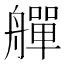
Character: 𦪢